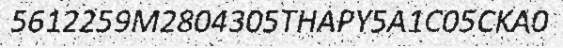
5612259M2804305THAPY5A1C05CKA0